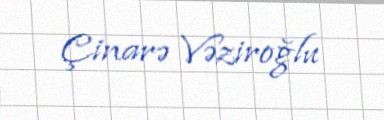
Çinarə Vəziroğlu